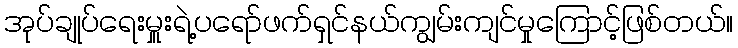
အုပ်ချုပ်ရေးမှူးရဲ့ပရော်ဖက်ရှင်နယ်ကျွမ်းကျင်မှုကြောင့်ဖြစ်တယ်။